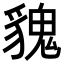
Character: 𩳏